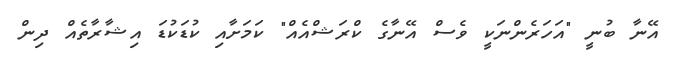
އޭނާ ބުނީ "އަހަރެންނަކީ ވެސް އޭނާގެ ކްރަޝްއެއް" ކަމަށާއި ކުޑަކުޑަ އިޝާރާތެއް ދިން